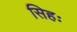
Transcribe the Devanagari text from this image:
सिहः